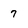
Character: 7